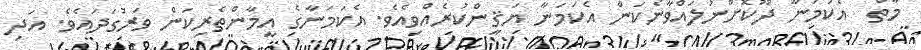
މާތް  އެކަމަނާ ދޫކޮށްނުލައްވާނެކަން އެކަމަނާ ޔަޤީންކުރެއްވިއެވެ. އެކަމަނާގެ އީމާންތެރިކަން ވަރުގަދައެވެ. އަދި